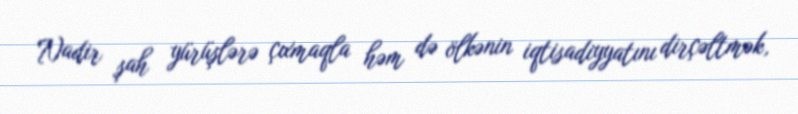
Nadir şah yürüşlərə çıxmaqla həm də ölkənin iqtisadiyyatını dirçəltmək,